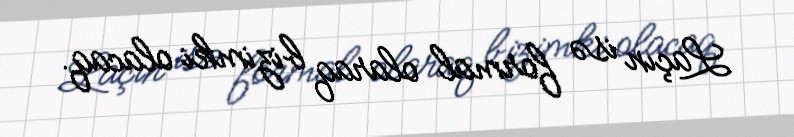
Laçın isə formal olaraq bizimki olacaq.